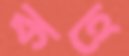
কহে